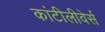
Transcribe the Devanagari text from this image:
कांटीलीवेर्स